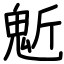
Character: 鬿